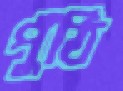
পুঁঠি